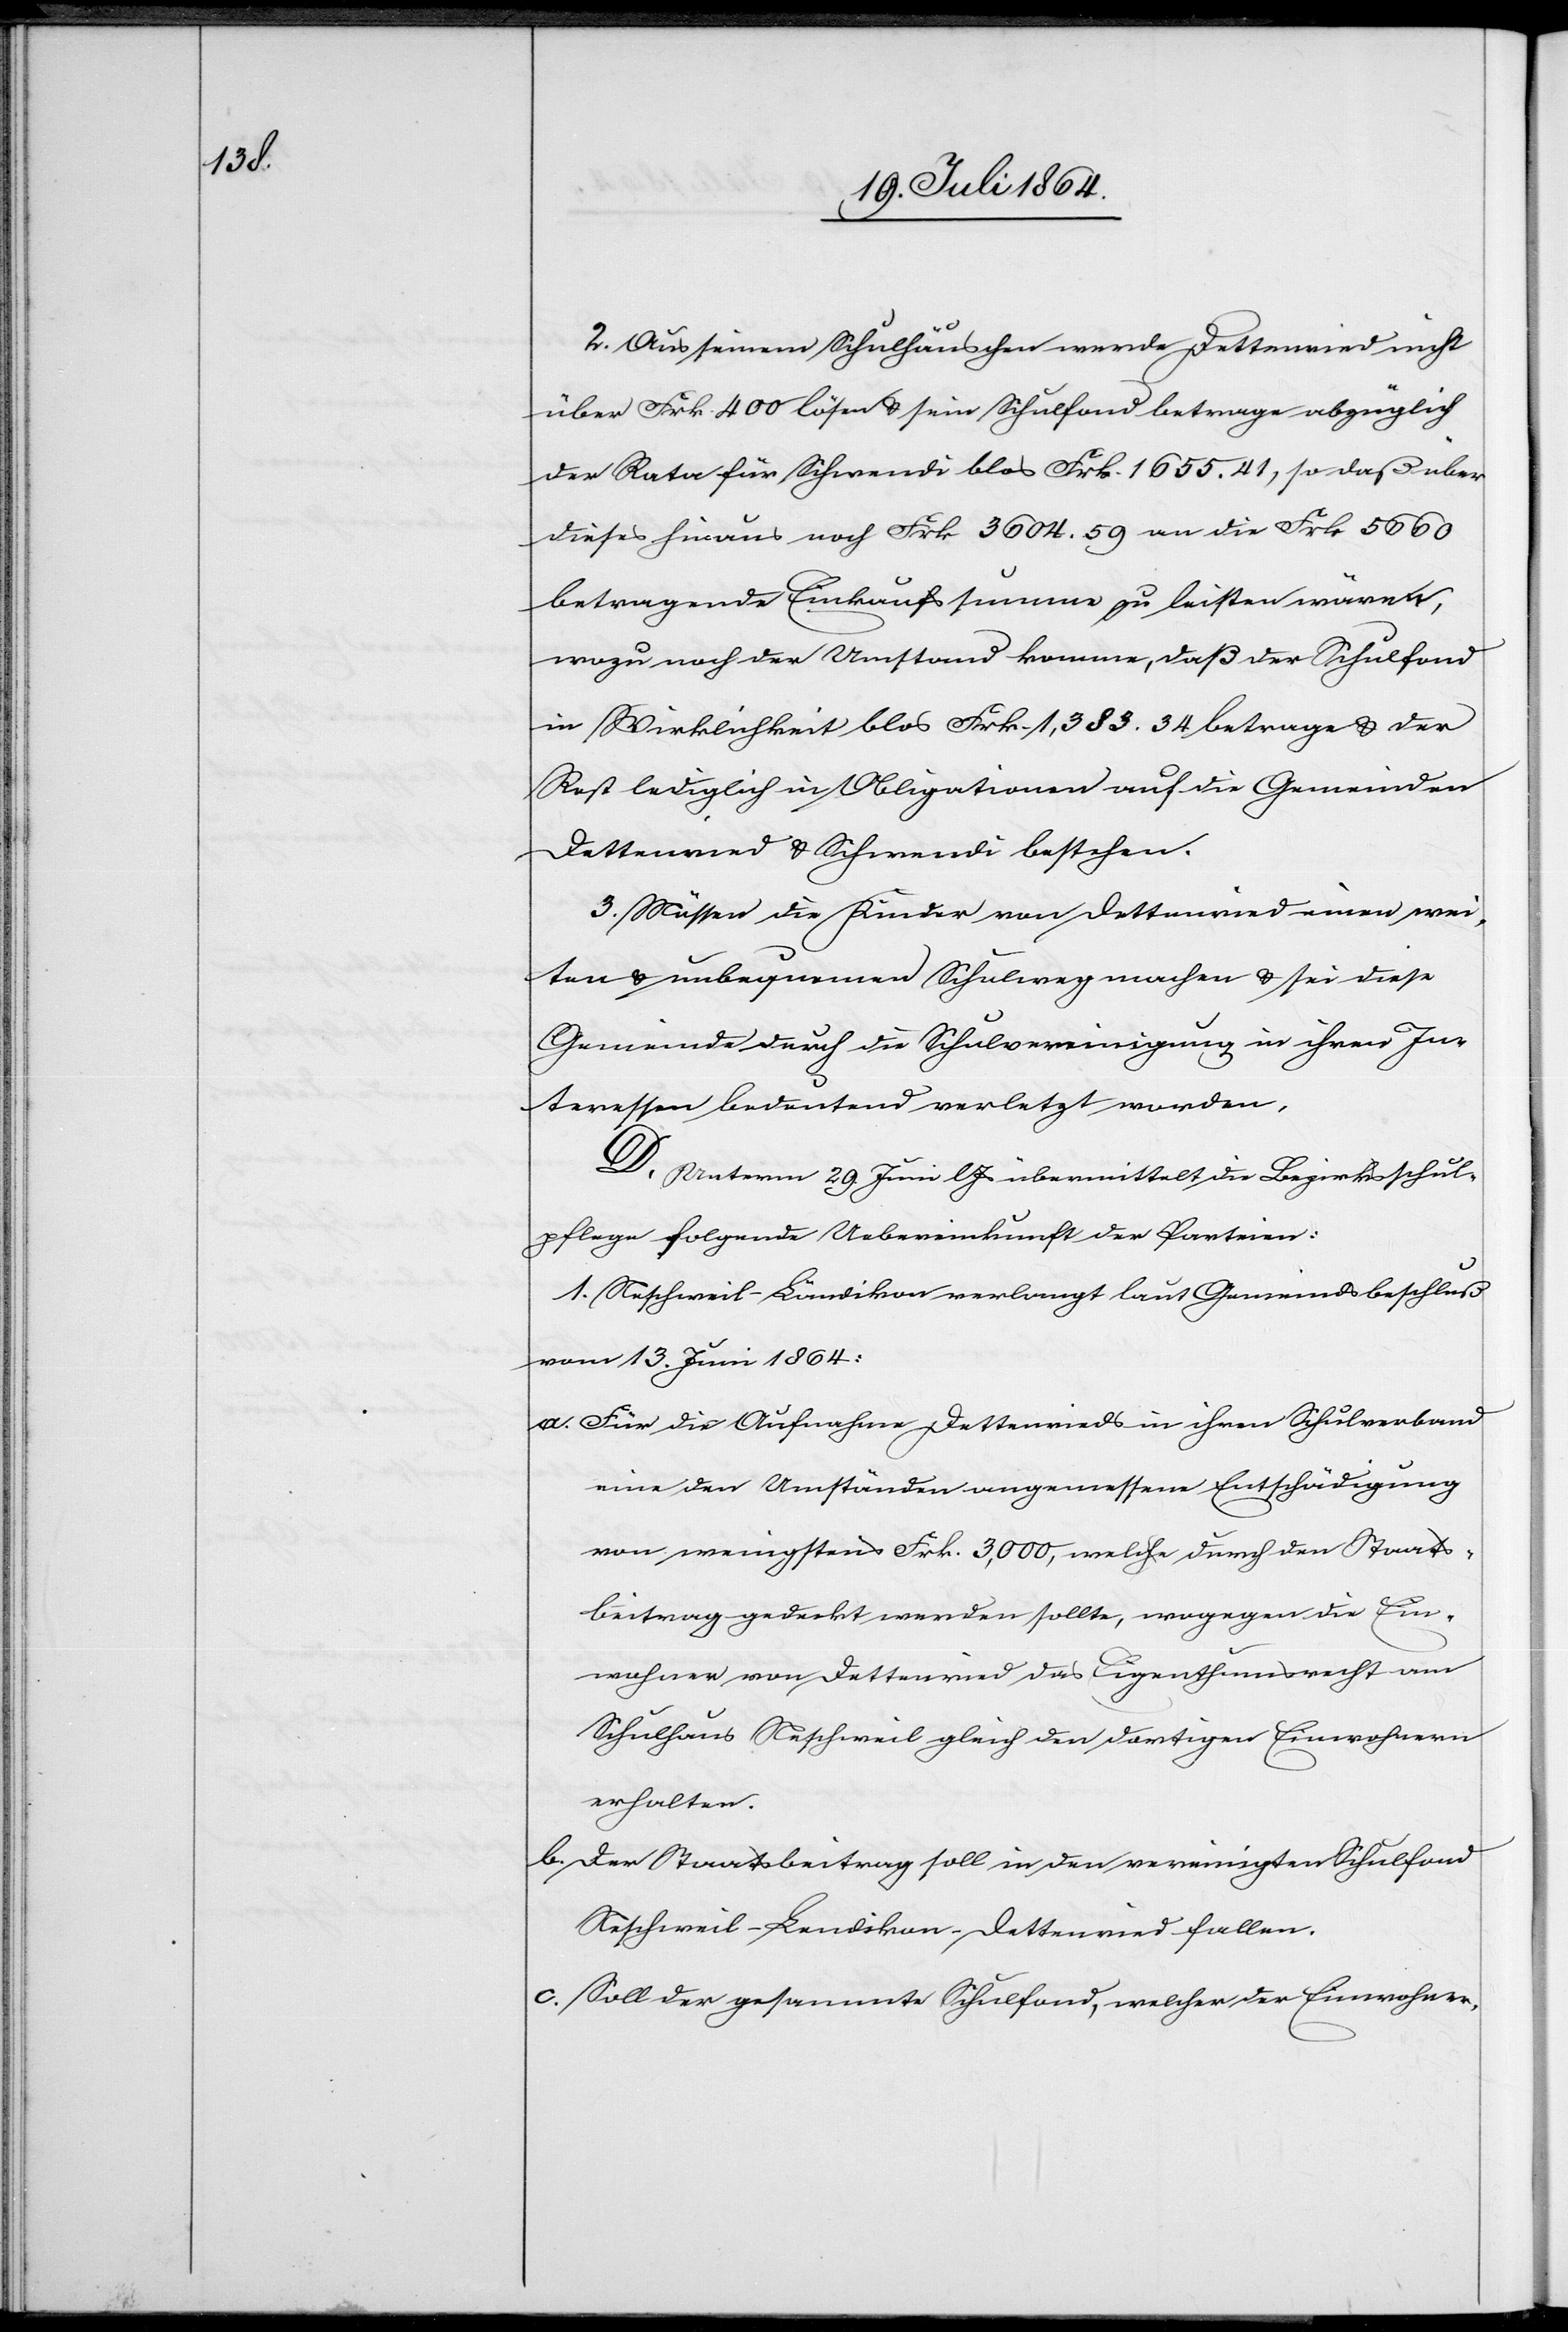
2. Aus seinem Schulhäuschen werde Dettenried nicht
über Frk. 400 lösen u. sein Schulfond betrage abzüglich
der Rata für Schwendi blos Frk. 1655.41, so daß über
dieses hinaus noch Frk 3604.59 an die Frk 5660
betragende Einkaufssumme zu leisten wären,
wozu noch der Umstand komme, daß der Schulfond
in Wirklichkeit blos Frk. 1,383.34 betrage u. der
Rest lediglich in Obligationen auf die Gemeinden
Dettenried u. Schwendi bestehen.
3. Müssen die Kinder von Dettenried einen wei¬
ten u. unbequemen Schulweg machen u. sei diese
Gemeinde durch die Schulvereinigung in ihren In¬
teressen bedeutend verletzt worden.
D. Unterm 29. Juni l. Js. übermittelt die Bezirksschul¬
pflege folgende Uebereinkunft der Parteien:
1. Neschweil-Ländikon verlangt laut Gemeindsbeschluß
vom 13. Juni 1864:
a. Für die Aufnahme Dettenrieds in ihren Schulverband
eine den Umständen angemessene Entschädigung
von wenigstens Frk. 3,000, welche durch den Staats¬
beitrag gedeckt werden sollte, wogegen die Ein¬
wohner von Dettenried das Eigenthumsrecht am
Schulhaus Neschweil gleich den dortigen Einwohnern
erhalten.
b. Der Staatsbeitrag soll in den vereinigten Schulfond
Neschweil-Lendikon-Dettenried fallen.
c. Soll der gesammte Schulfond, welcher der Einwohner-